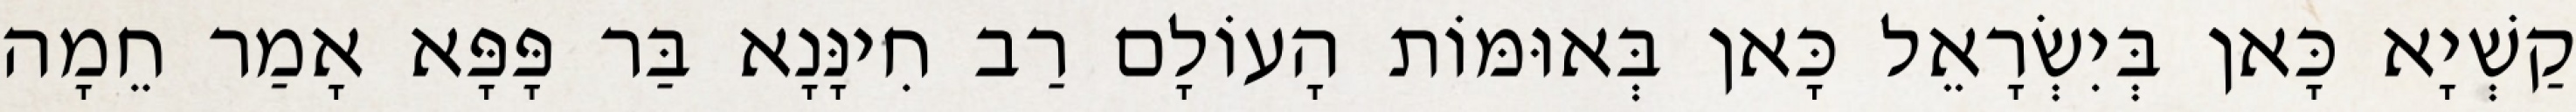
קַשְׁיָא כָּאן בְּיִשְׂרָאֵל כָּאן בְּאוּמּוֹת הָעוֹלָם רַב חִינָּנָא בַּר פָּפָּא אָמַר חֵמָה